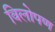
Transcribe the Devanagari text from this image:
विलोपण